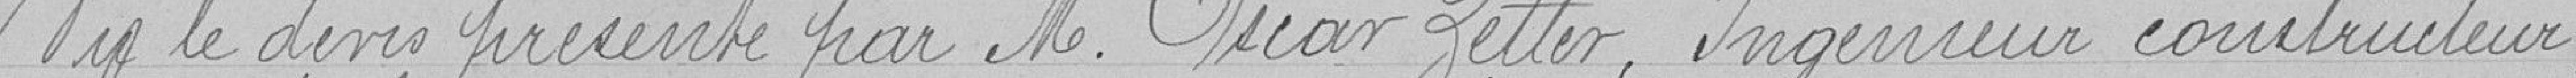
Vu le devis présenté par Monsieur Oscar Zeller, Ingénieur constructeur